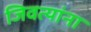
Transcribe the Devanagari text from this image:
जिवत्यांना